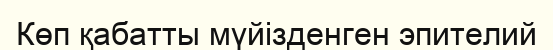
Көп қабатты мүйізденген эпителий